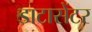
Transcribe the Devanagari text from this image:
डाटासेंटर